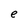
Character: e